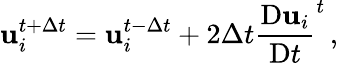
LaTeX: \mathbf{u}_{i}^{t+\Delta t}=\mathbf{u}_{i}^{t-\Delta t}+2\Delta t\frac{\mathrm{D}\mathbf{u}_{i}}{\mathrm{D}t}^{t}\, ,